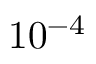
1 0 ^ { - 4 }